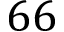
6 6